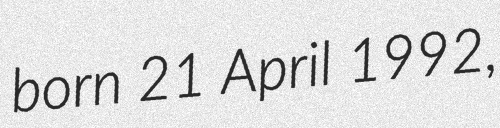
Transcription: born 21 April 1992,